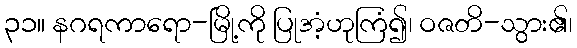
၃၁။ နဂရကာရော-မြို့ကို ပြုအံ့ဟုကြံ၍၊ ဝဇတိ-သွား၏၊